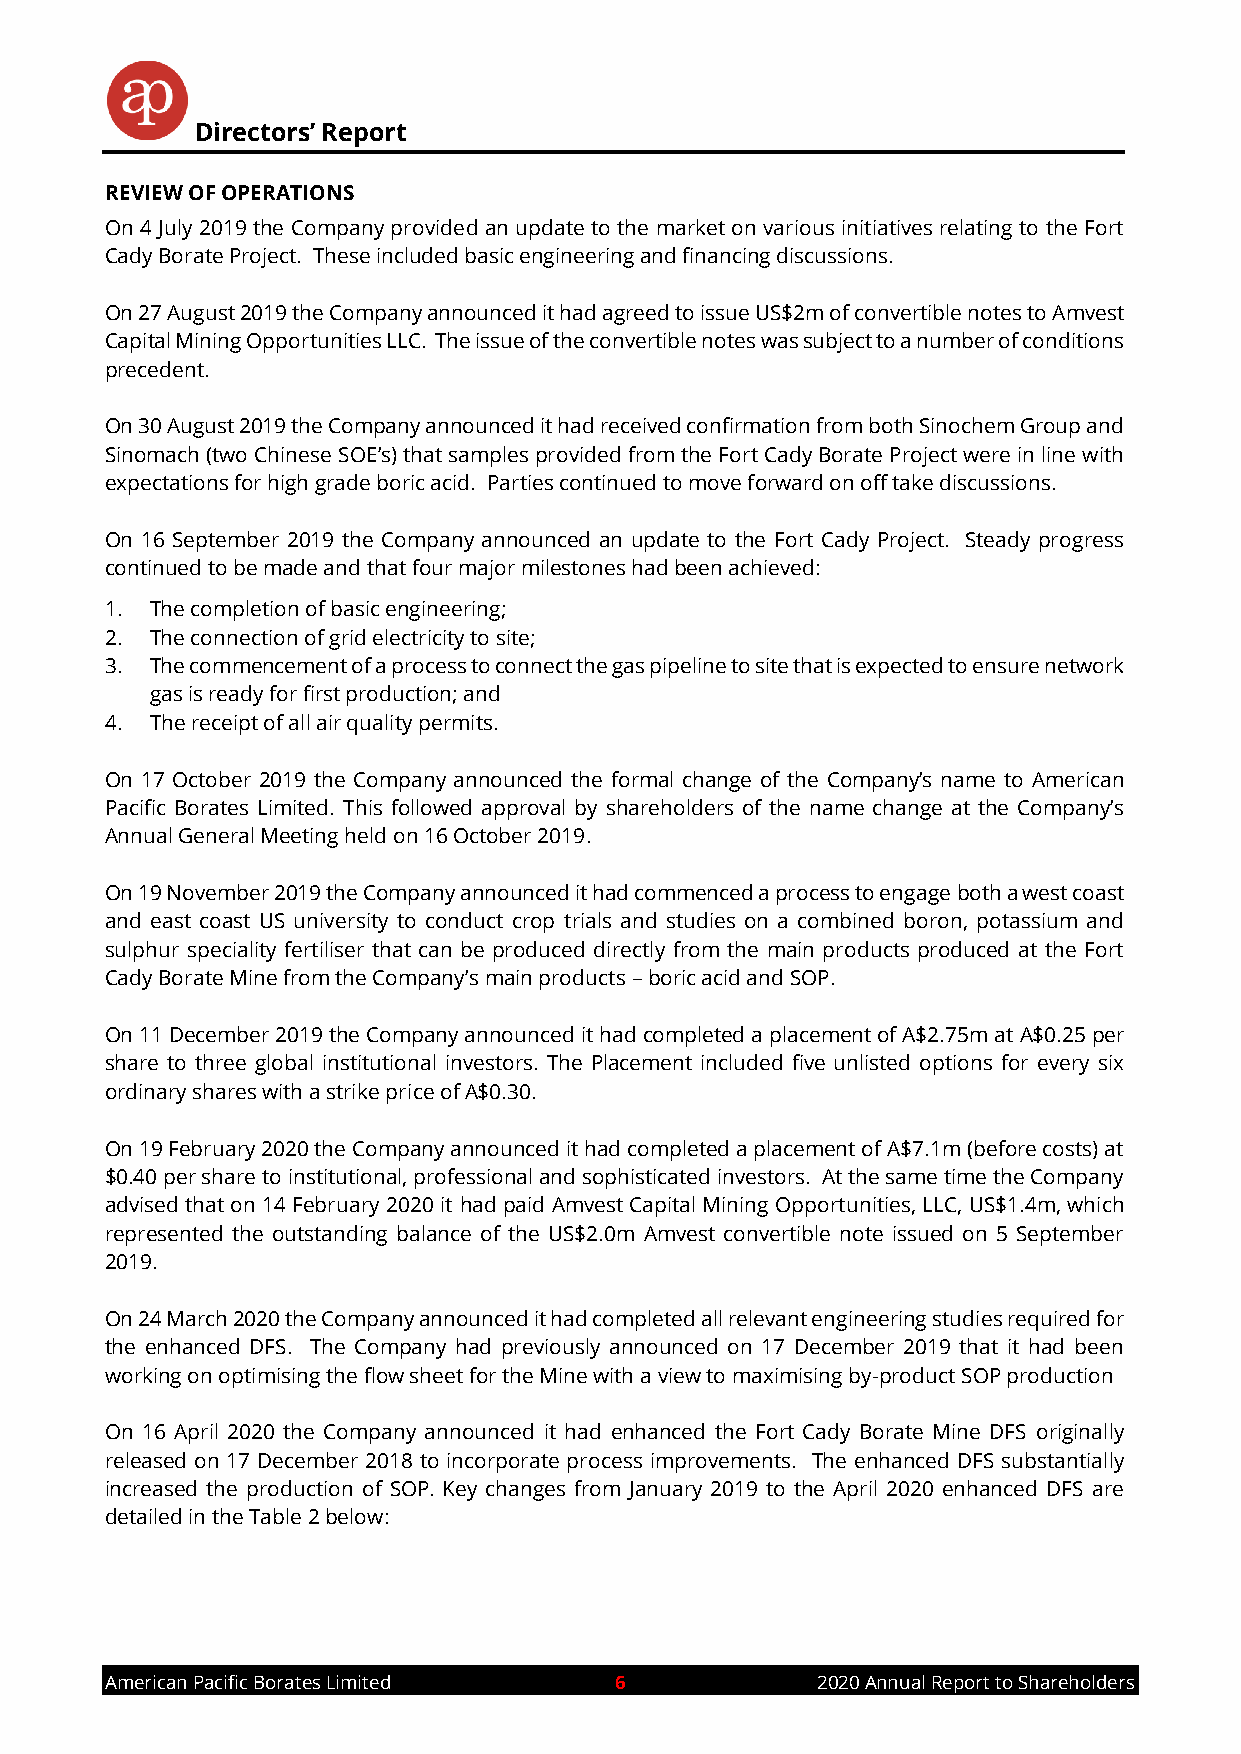
Directors’ Report
 REVIEW OF OPERATIONS
 On 4 July 2019 the Company provided an update to the market on various initiatives relating to the Fort
 Cady Borate Project. These included basic engineering and financing discussions.
 On 27 August 2019 the Company announced it had agreed to issue US$2m of convertible notes to Amvest
 Capital Mining Opportunities LLC. The issue of the convertible notes was subject to a number of conditions
 precedent.
 On 30 August 2019 the Company announced it had received confirmation from both Sinochem Group and
 Sinomach (two Chinese SOE’s) that samples provided from the Fort Cady Borate Project were in line with
 expectations for high grade boric acid. Parties continued to move forward on off take discussions.
 On 16 September 2019 the Company announced an update to the Fort Cady Project. Steady progress
 continued to be made and that four major milestones had been achieved:
 1. The completion of basic engineering;
 2. The connection of grid electricity to site;
 3. The commencement of a process to connect the gas pipeline to site that is expected to ensure network
 gas is ready for first production; and
 4. The receipt of all air quality permits.
 On 17 October 2019 the Company announced the formal change of the Company’s name to American
 Pacific Borates Limited. This followed approval by shareholders of the name change at the Company’s
 Annual General Meeting held on 16 October 2019.
 On 19 November 2019 the Company announced it had commenced a process to engage both a west coast
 and east coast US university to conduct crop trials and studies on a combined boron, potassium and
 sulphur speciality fertiliser that can be produced directly from the main products produced at the Fort
 Cady Borate Mine from the Company’s main products – boric acid and SOP.
 On 11 December 2019 the Company announced it had completed a placement of A$2.75m at A$0.25 per
 share to three global institutional investors. The Placement included five unlisted options for every six
 ordinary shares with a strike price of A$0.30.
 On 19 February 2020 the Company announced it had completed a placement of A$7.1m (before costs) at
 $0.40 per share to institutional, professional and sophisticated investors. At the same time the Company
 advised that on 14 February 2020 it had paid Amvest Capital Mining Opportunities, LLC, US$1.4m, which
 represented the outstanding balance of the US$2.0m Amvest convertible note issued on 5 September
 2019.
 On 24 March 2020 the Company announced it had completed all relevant engineering studies required for
 the enhanced DFS. The Company had previously announced on 17 December 2019 that it had been
 working on optimising the flow sheet for the Mine with a view to maximising by-product SOP production
 On 16 April 2020 the Company announced it had enhanced the Fort Cady Borate Mine DFS originally
 released on 17 December 2018 to incorporate process improvements. The enhanced DFS substantially
 increased the production of SOP. Key changes from January 2019 to the April 2020 enhanced DFS are
 detailed in the Table 2 below:
 American Pacific Borates Limited  6            2020 Annual Report to Shareholders